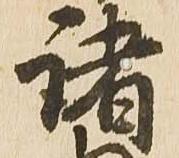
諸